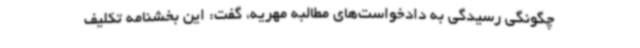
چگونگی رسیدگی به دادخواست‌های مطالبه مهریه، گفت: این بخشنامه تکلیف